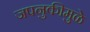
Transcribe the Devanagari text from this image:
जपनुकीमुळे